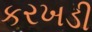
કરખડી